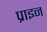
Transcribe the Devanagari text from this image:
प्राइन